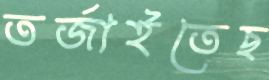
তর্জাইতেছ